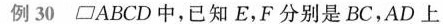
例30 □ABCD中，已知E，F分别是BC，AD上